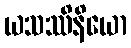
ယသဿိနိယော